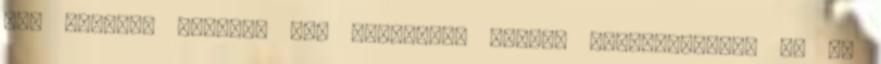
egy győztes énképe, egy agresszív vezető bemutatkozása és az